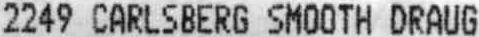
2249 CARLSBERG SMOOTH DRAUG